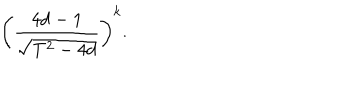
LaTeX: \left( \frac { 4 d - 1 } { \sqrt { T ^ { 2 } - 4 d } } \right) ^ { k } .